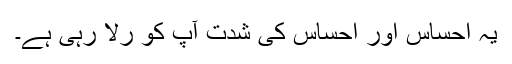
یہ احساس اور احساس کی شدت آپؐ کو رُلا رہی ہے۔